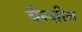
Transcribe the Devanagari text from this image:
बैन्ज़ीन